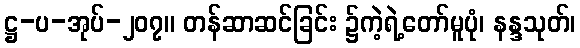
ဋ္ဌ-ပ-အုပ်-၂၀၇။ တန်ဆာဆင်ခြင်း ၌ကဲ့ရဲ့တော်မူပုံ၊ နန္ဒသုတ်၊